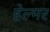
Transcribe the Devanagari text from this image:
हेल्मर